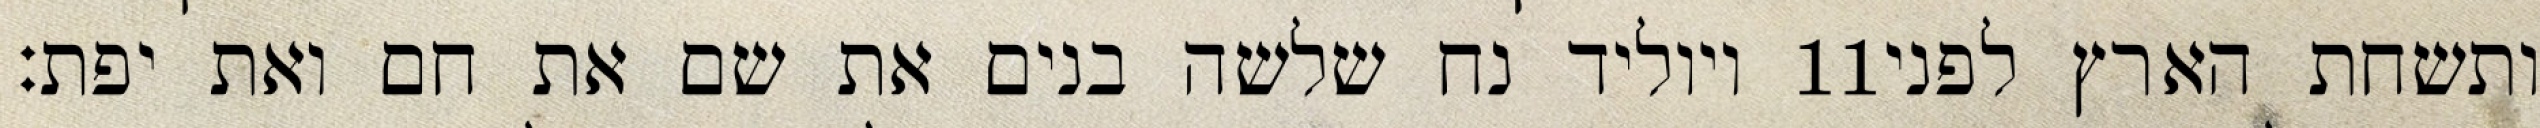
ויוליד נח שלשה בנים את שם את חם ואת יפת׃ ‎11‏ ותשחת הארץ לפני